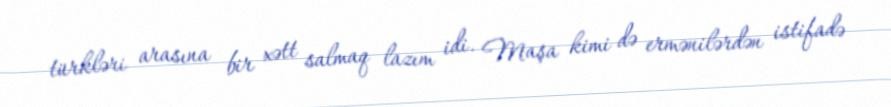
türkləri arasına bir xətt salmaq lazım idi. Maşa kimi də ermənilərdən istifadə